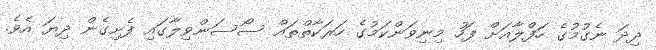
ދިދަ ނެގުމުގެ ހަފްލާއަށް ފަހު މިނިވަންކަމުގެ ހަރަކާތްތައް ސޯސަންވިލާގައި ފެށިގެން ދިޔަ އެވެ.